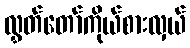
လွှတ်တော်ကိုယ်စားလှယ်